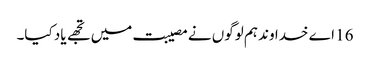
16 اے خدا وند ہم لوگوں نے مصیبت میں تجھے یاد کیا۔